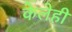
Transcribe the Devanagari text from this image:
केलेही